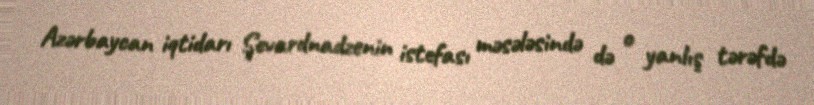
Azərbaycan iqtidarı Şevardnadzenin istefası məsələsində də o yanlış tərəfdə